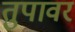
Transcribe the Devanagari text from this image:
तुपावर